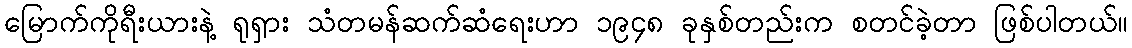
မြောက်ကိုရီးယားနဲ့ ရုရှား သံတမန်ဆက်ဆံရေးဟာ ၁၉၄၈ ခုနှစ်တည်းက စတင်ခဲ့တာ ဖြစ်ပါတယ်။